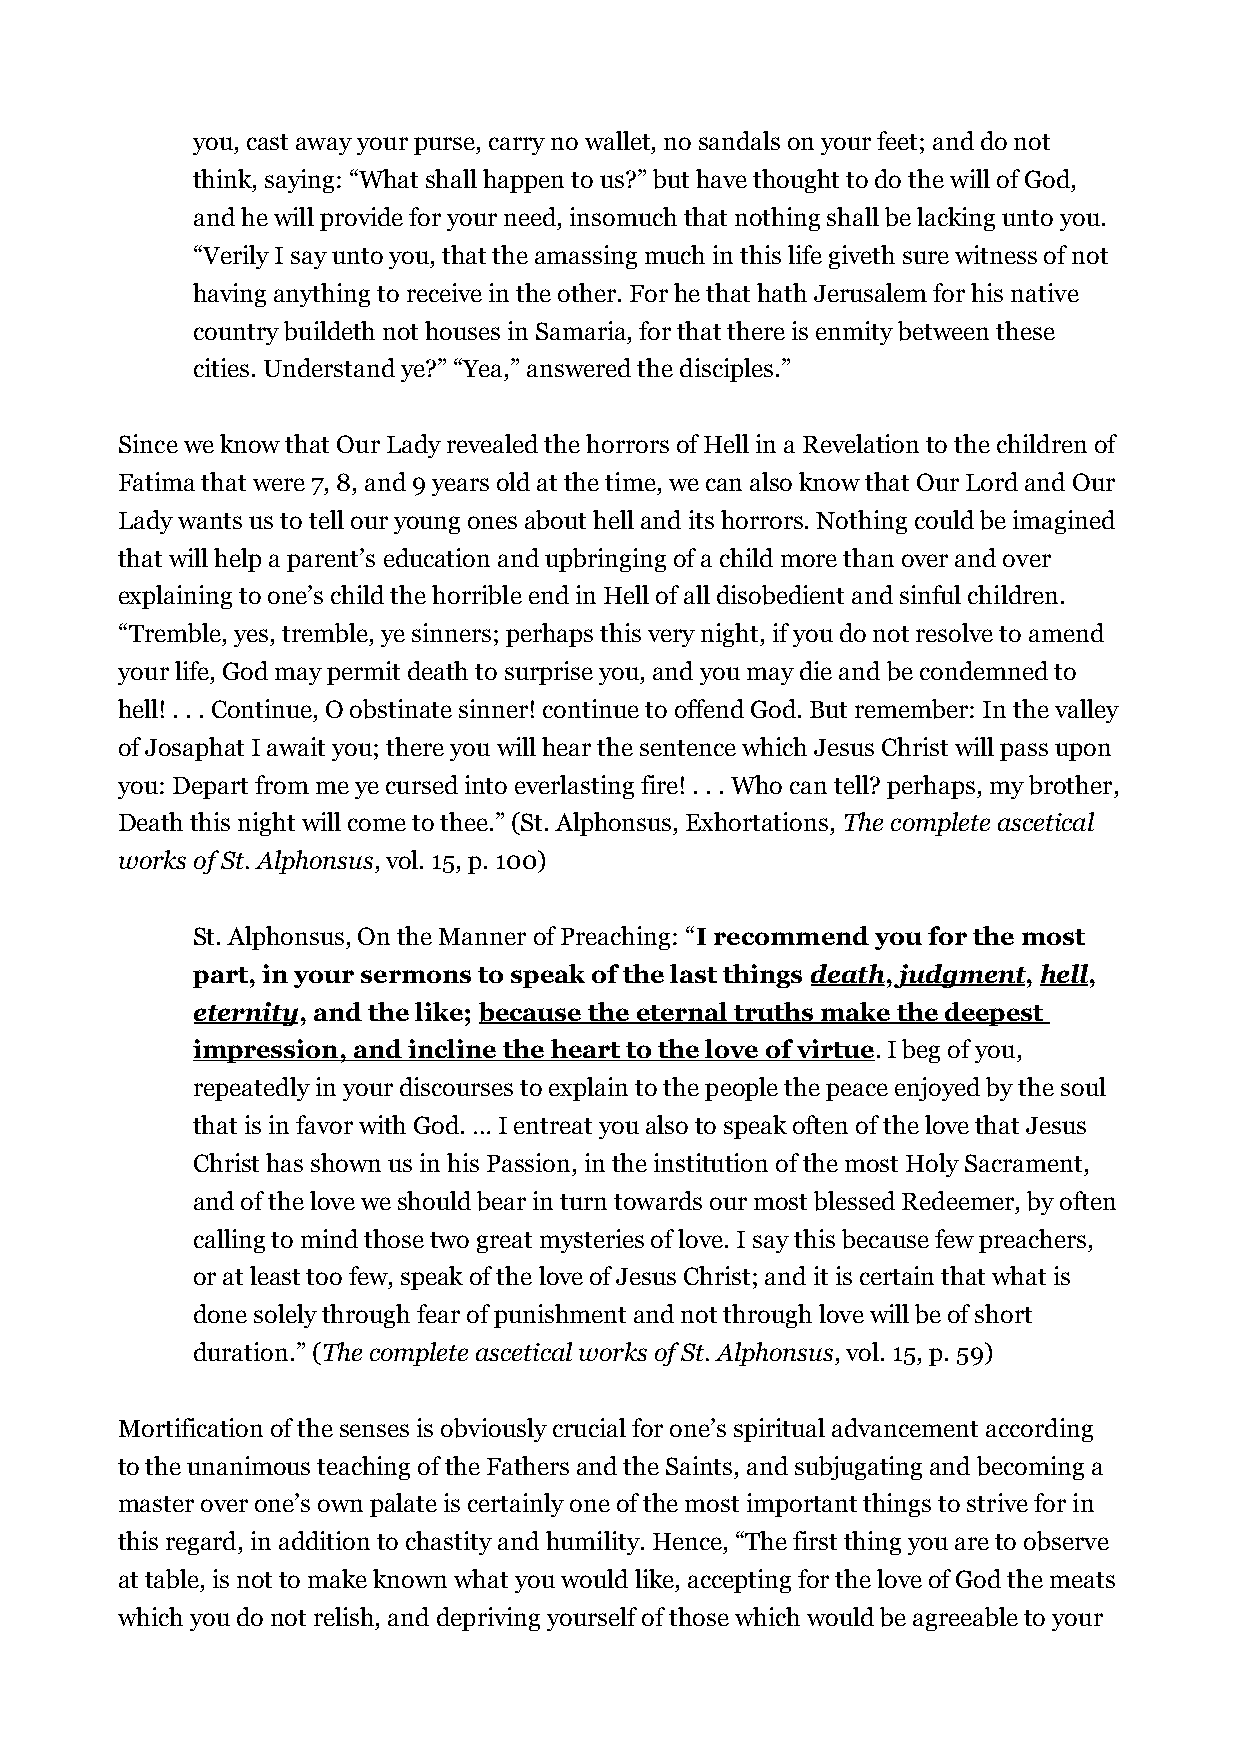
you, cast away your purse, carry no wallet, no sandals on your feet; and do not
 think, saying: “What shall happen to us?” but have thought to do the will of God,
 and he will provide for your need, insomuch that nothing shall be lacking unto you.
 “Verily I say unto you, that the amassing much in this life giveth sure witness of not
 having anything to receive in the other. For he that hath Jerusalem for his native
 country buildeth not houses in Samaria, for that there is enmity between these
 cities. Understand ye?” “Yea,” answered the disciples.”
 Since we know that Our Lady revealed the horrors of Hell in a Revelation to the children of
 Fatima that were 7, 8, and 9 years old at the time, we can also know that Our Lord and Our
 Lady wants us to tell our young ones about hell and its horrors. Nothing could be imagined
 that will help a parent’s education and upbringing of a child more than over and over
 explaining to one’s child the horrible end in Hell of all disobedient and sinful children.
 “Tremble, yes, tremble, ye sinners; perhaps this very night, if you do not resolve to amend
 your life, God may permit death to surprise you, and you may die and be condemned to
 hell! . . . Continue, O obstinate sinner! continue to offend God. But remember: In the valley
 of Josaphat I await you; there you will hear the sentence which Jesus Christ will pass upon
 you: Depart from me ye cursed into everlasting fire! . . . Who can tell? perhaps, my brother,
 Death this night will come to thee.” (St. Alphonsus, Exhortations, The complete ascetical
 works of St. Alphonsus, vol. 15, p. 100)
 St. Alphonsus, On the Manner of Preaching: “I recommend you for the most
 part, in your sermons to speak of the last things death, judgment, hell,
 eternity, and the like; because the eternal truths make the deepest
 impression, and incline the heart to the love of virtue. I beg of you,
 repeatedly in your discourses to explain to the people the peace enjoyed by the soul
 that is in favor with God. … I entreat you also to speak often of the love that Jesus
 Christ has shown us in his Passion, in the institution of the most Holy Sacrament,
 and of the love we should bear in turn towards our most blessed Redeemer, by often
 calling to mind those two great mysteries of love. I say this because few preachers,
 or at least too few, speak of the love of Jesus Christ; and it is certain that what is
 done solely through fear of punishment and not through love will be of short
 duration.” (The complete ascetical works of St. Alphonsus, vol. 15, p. 59)
 Mortification of the senses is obviously crucial for one’s spiritual advancement according
 to the unanimous teaching of the Fathers and the Saints, and subjugating and becoming a
 master over one’s own palate is certainly one of the most important things to strive for in
 this regard, in addition to chastity and humility. Hence, “The first thing you are to observe
 at table, is not to make known what you would like, accepting for the love of God the meats
 which you do not relish, and depriving yourself of those which would be agreeable to your